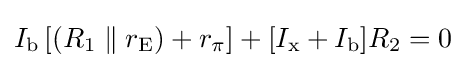
I_{\text{b}}\left[(R_{1}\parallel r_{\text{E}})+r_{\pi }\right]+[I_{\text{x}}+I_{\text{b}}]R_{2}=0\